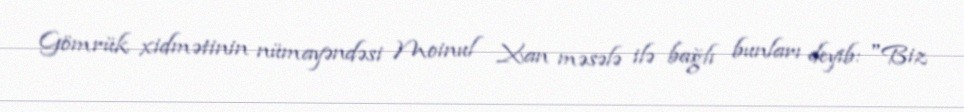
Gömrük xidmətinin nümayəndəsi Moinul Xan məsələ ilə bağlı bunları deyib: "Biz